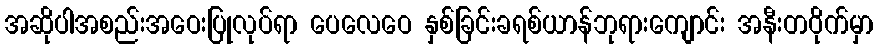
အဆိုပါအစည်းအဝေးပြုလုပ်ရာ ပေလေဝေ နှစ်ခြင်းခရစ်ယာန်ဘုရားကျောင်း အနီးတဝိုက်မှာ